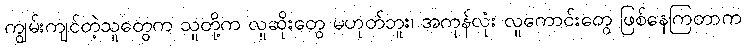
ကျွမ်းကျင်တဲ့သူတွေက သူတို့က လူဆိုးတွေ မဟုတ်ဘူး၊ အကုန်လုံး လူကောင်းတွေ ဖြစ်နေကြတာက